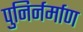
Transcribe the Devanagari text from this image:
पुनिर्नर्माण